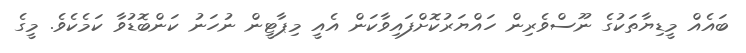
ބައެއް މީޑިޔާތަކުގެ ނޫސްވެރިން ހައްޔަރުކޮށްފައިވާކަން އެއީ މިޕާޓީން ނުހަނު ކަންބޮޑުވާ ކަމެކެވެ. މީގެ